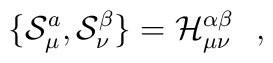
\{ {\cal S}^a_\mu, {\cal S}^\beta_\nu \}   = {\cal H}^{\alpha\beta}_{\mu\nu}  \ \ ,